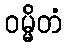
ဝမ္မိတံ